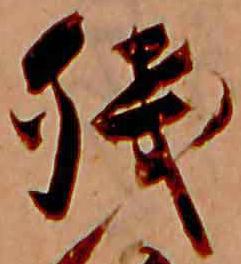
残